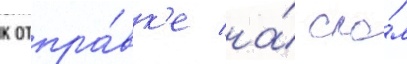
к отпра́вк'е на́ сло́м